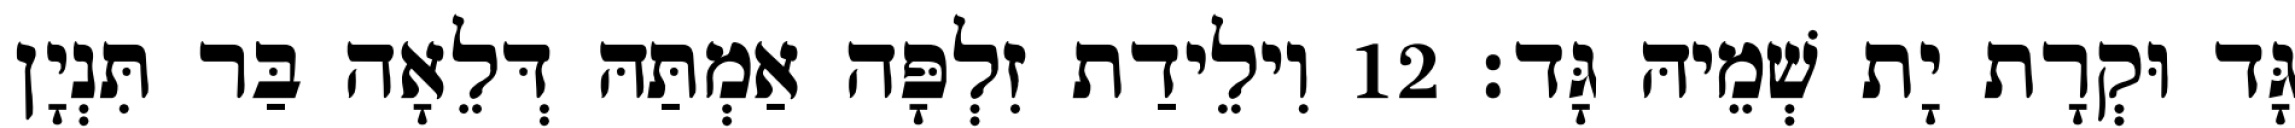
גָּד וּקְרָת יָת שְׁמֵיהּ גָּד׃ 12 וִילֵידַת זִלְפָּה אַמְתַּהּ דְּלֵאָה בַּר תִּנְיָן